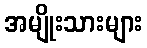
အမျိုးသားများ